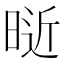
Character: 𰖑